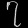
Digit: ၇